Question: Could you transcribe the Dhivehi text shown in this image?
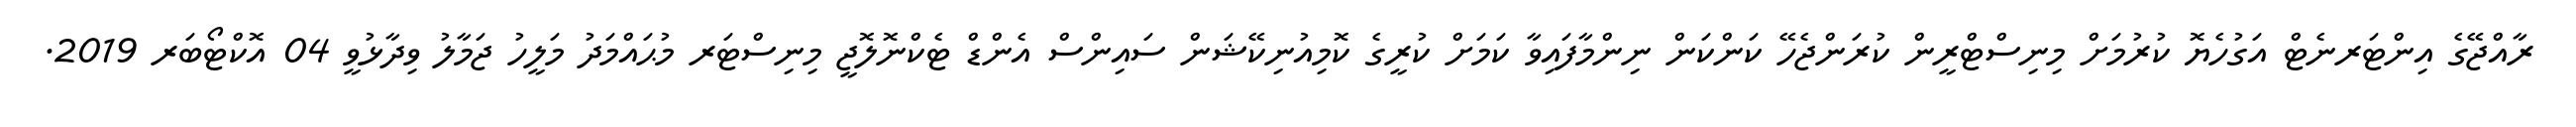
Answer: ރާއްޖޭގެ އިންޓަރނެޓް އަގުހެޔޮ ކުރުމަށް މިނިސްޓްރީން ކުރަންޖެހޭ ކަންކަން ނިންމާފައިވާ ކަމަށް ކުރީގެ ކޮމިއުނިކޭޝަން ސައިންސް އެންޑް ޓެކްނޮލޮޖީ މިނިސްޓަރ މުޙައްމަދު މަލީހު ޖަމާލު ވިދާޅުވީ 04 އޮކްޓޯބަރ 2019.